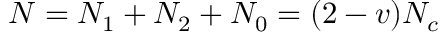
N = N _ { 1 } + N _ { 2 } + N _ { 0 } = ( 2 - v ) N _ { c }